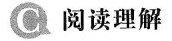
C 阅读理解